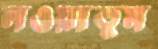
লওয়াতুম